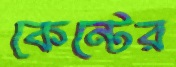
কেন্টের